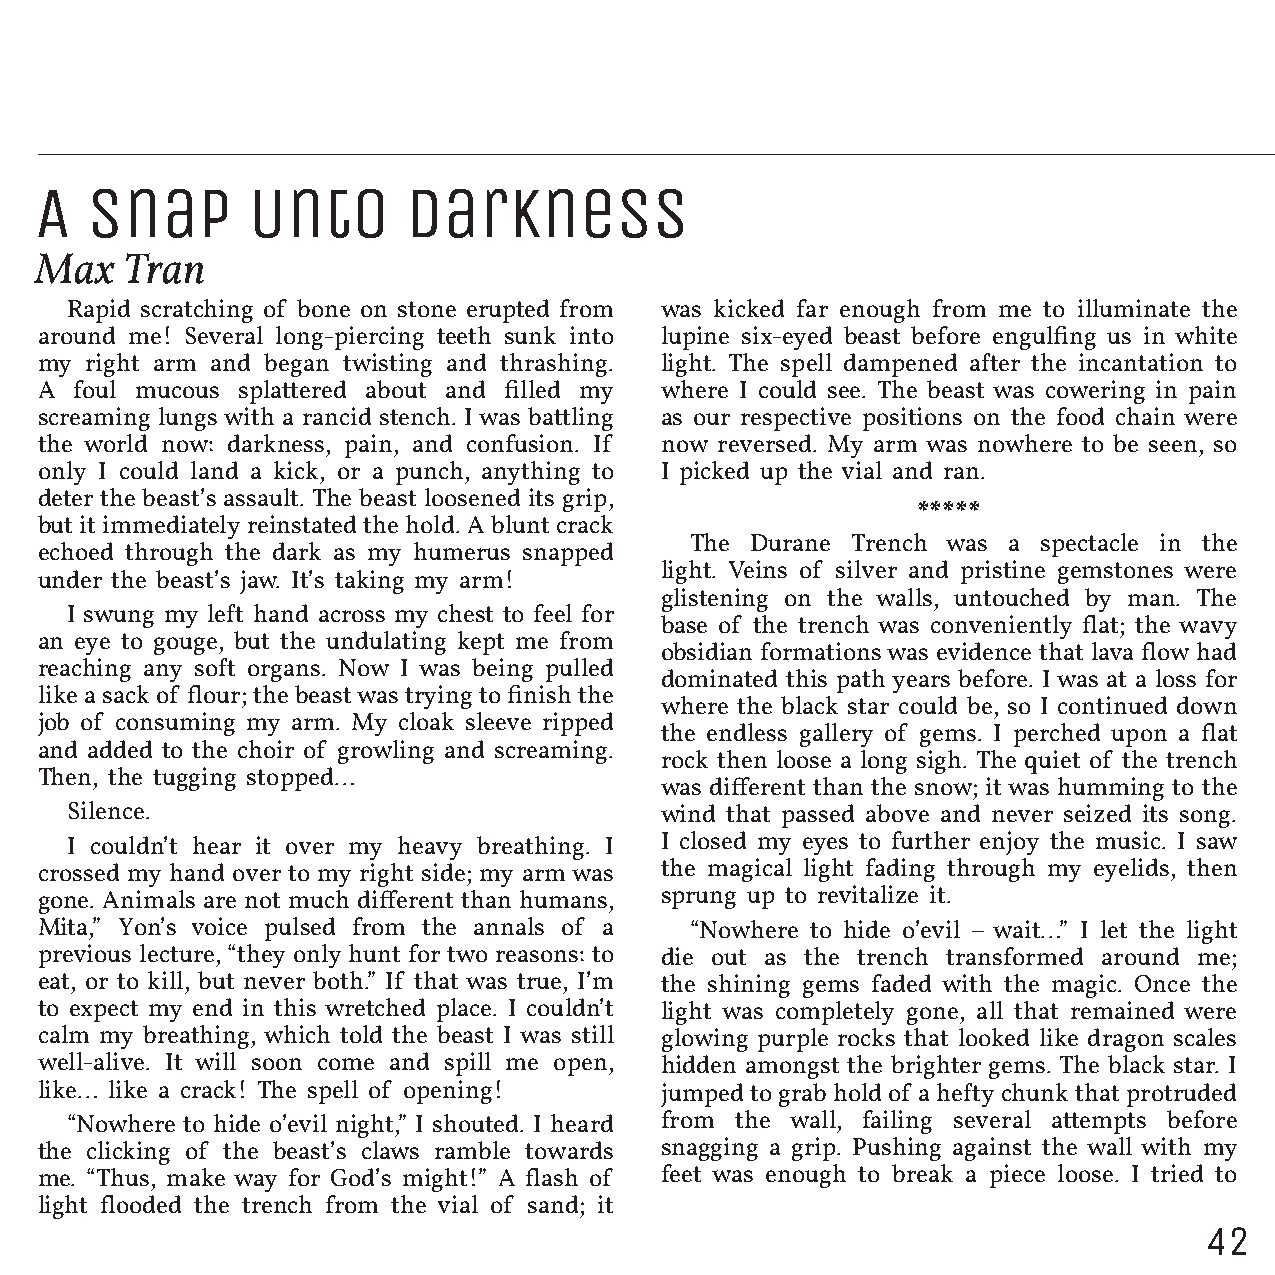
A   Snap      Unto       Darkness
 Max   Tran
 Rapid scratching of bone on stone erupted from was kicked far enough from me to illuminate the
 around me! Several long-piercing teeth sunk into lupine six-eyed beast before engulfing us in white
 my  right arm and began twisting and thrashing. light. The spell dampened after the incantation to
 A  foul mucous splattered about and filled my where I could see. The beast was cowering in pain
 screaming lungs with a rancid stench. I was battling as our respective positions on the food chain were
 the world now: darkness, pain, and confusion. If now reversed. My arm was nowhere to be seen, so
 only I could land a kick, or a punch, anything to I picked up the vial and ran.
 deter the beast’s assault. The beast loosened its grip,
 *****
 but it immediately reinstated the hold. A blunt crack
 The Durane Trench was a spectacle in the
 echoed through the dark as my humerus snapped
 light. Veins of silver and pristine gemstones were
 under the beast’s jaw. It’s taking my arm!
 glistening on the walls, untouched by man. The
 I swung my left hand across my chest to feel for
 base of the trench was conveniently flat; the wavy
 an eye to gouge, but the undulating kept me from
 obsidian formations was evidence that lava flow had
 reaching any soft organs. Now I was being pulled
 dominated this path years before. I was at a loss for
 like a sack of flour; the beast was trying to finish the
 where the black star could be, so I continued down
 job of consuming my arm. My cloak sleeve ripped
 the endless gallery of gems. I perched upon a flat
 and added to the choir of growling and screaming.
 rock then loose a long sigh. The quiet of the trench
 Then, the tugging stopped…
 was different than the snow; it was humming to the
 Silence.                                wind that passed above and never seized its song.
 I couldn’t hear it over my heavy breathing. I I closed my eyes to further enjoy the music. I saw
 crossed my hand over to my right side; my arm was the magical light fading through my eyelids, then
 gone. Animals are not much different than humans, sprung up to revitalize it.
 Mita,” Yon’s voice pulsed from the annals of a “Nowhere to hide o’evil – wait…” I let the light
 previous lecture, “they only hunt for two reasons: to die out as the trench transformed around me;
 eat, or to kill, but never both.” If that was true, I’m the shining gems faded with the magic. Once the
 to expect my end in this wretched place. I couldn’t light was completely gone, all that remained were
 calm my breathing, which told the beast I was still glowing purple rocks that looked like dragon scales
 well-alive. It will soon come and spill me open, hidden amongst the brighter gems. The black star. I
 like… like a crack! The spell of opening! jumped to grab hold of a hefty chunk that protruded
 “Nowhere to hide o’evil night,” I shouted. I heard from the wall, failing several attempts before
 the clicking of the beast’s claws ramble towards snagging a grip. Pushing against the wall with my
 me. “Thus, make way for God’s might!” A flash of feet was enough to break a piece loose. I tried to
 light flooded the trench from the vial of sand; it
 42